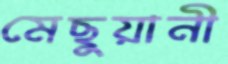
মেছুয়ানী